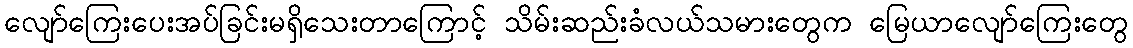
လျော်ကြေးပေးအပ်ခြင်းမရှိသေးတာကြောင့် သိမ်းဆည်းခံလယ်သမားတွေက မြေယာလျော်ကြေးတွေ